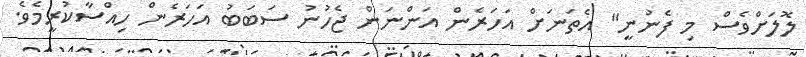
ލޮލަށްވެސް މި ފެނުނީ" އެތަނަށް އަހަރެން އަންނަން ޖެހުނު ސަބަބު އަހަރެން ހިއްސާކުރީމެވެ.